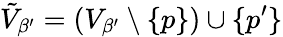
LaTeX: \tilde{V}_{\beta^{\prime}}=(V_{\beta^{\prime}}\setminus\{ p\} )\cup\{ p^{\prime}\}